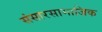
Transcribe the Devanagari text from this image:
संसारसामाजिक